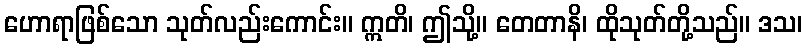
ဟောရာဖြစ်သော သုတ်လည်းကောင်း။ ဣတိ၊ ဤသို့။ တေတာနိ၊ ထိုသုတ်တို့သည်။ ဒသ၊